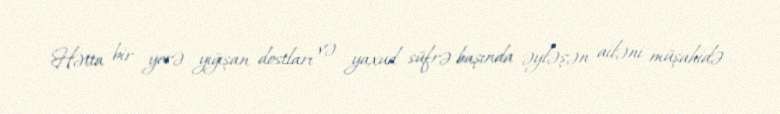
Hətta bir yerə yığışan dostları və yaxud süfrə başında əyləşən ailəni müşahidə